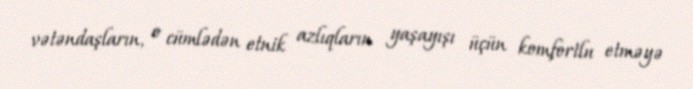
vətəndaşların, o cümlədən etnik azlıqların yaşayışı üçün komfortlu etməyə